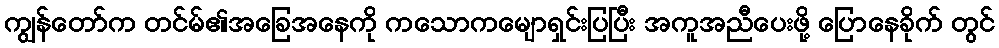
ကျွန်တော်က တင်မ်၏အခြေအနေကို ကသောကမျောရှင်းပြပြီး အကူအညီပေးဖို့ ပြောနေခိုက် တွင်